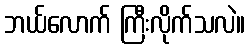
ဘယ်လောက် ကြီးလိုက်သလဲ။